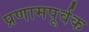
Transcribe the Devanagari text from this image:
प्रणामपूर्वक